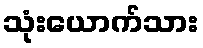
သုံးယောက်သား